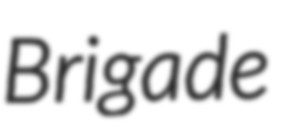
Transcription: Brigade